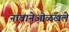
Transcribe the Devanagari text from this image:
नावानेओळखले